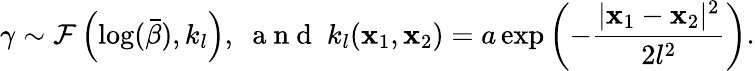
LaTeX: \gamma\sim\mathcal F\left(\log(\bar{\beta}),k_{l}\right),\; \mathrm{~a~n~d~}\; k_{l}(\mathbf x_{1},\mathbf x_{2})=a\exp\left(-\frac{|\mathbf x_{1}-\mathbf x_{2}|^{2}}{2l^{2}}\right).